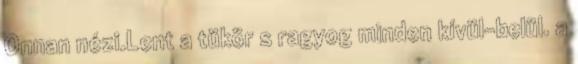
Onnan nézi.Lent a tükör s ragyog minden kívül-belül. a